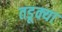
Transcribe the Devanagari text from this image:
तडूक्या